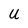
Character: U